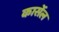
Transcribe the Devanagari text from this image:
कार्सेल